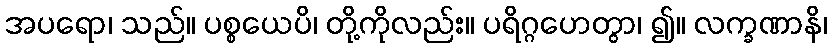
အပရော၊ သည်။ ပစ္စယေပိ၊ တို့ကိုလည်း။ ပရိဂ္ဂဟေတွာ၊ ၍။ လက္ခဏာနိ၊